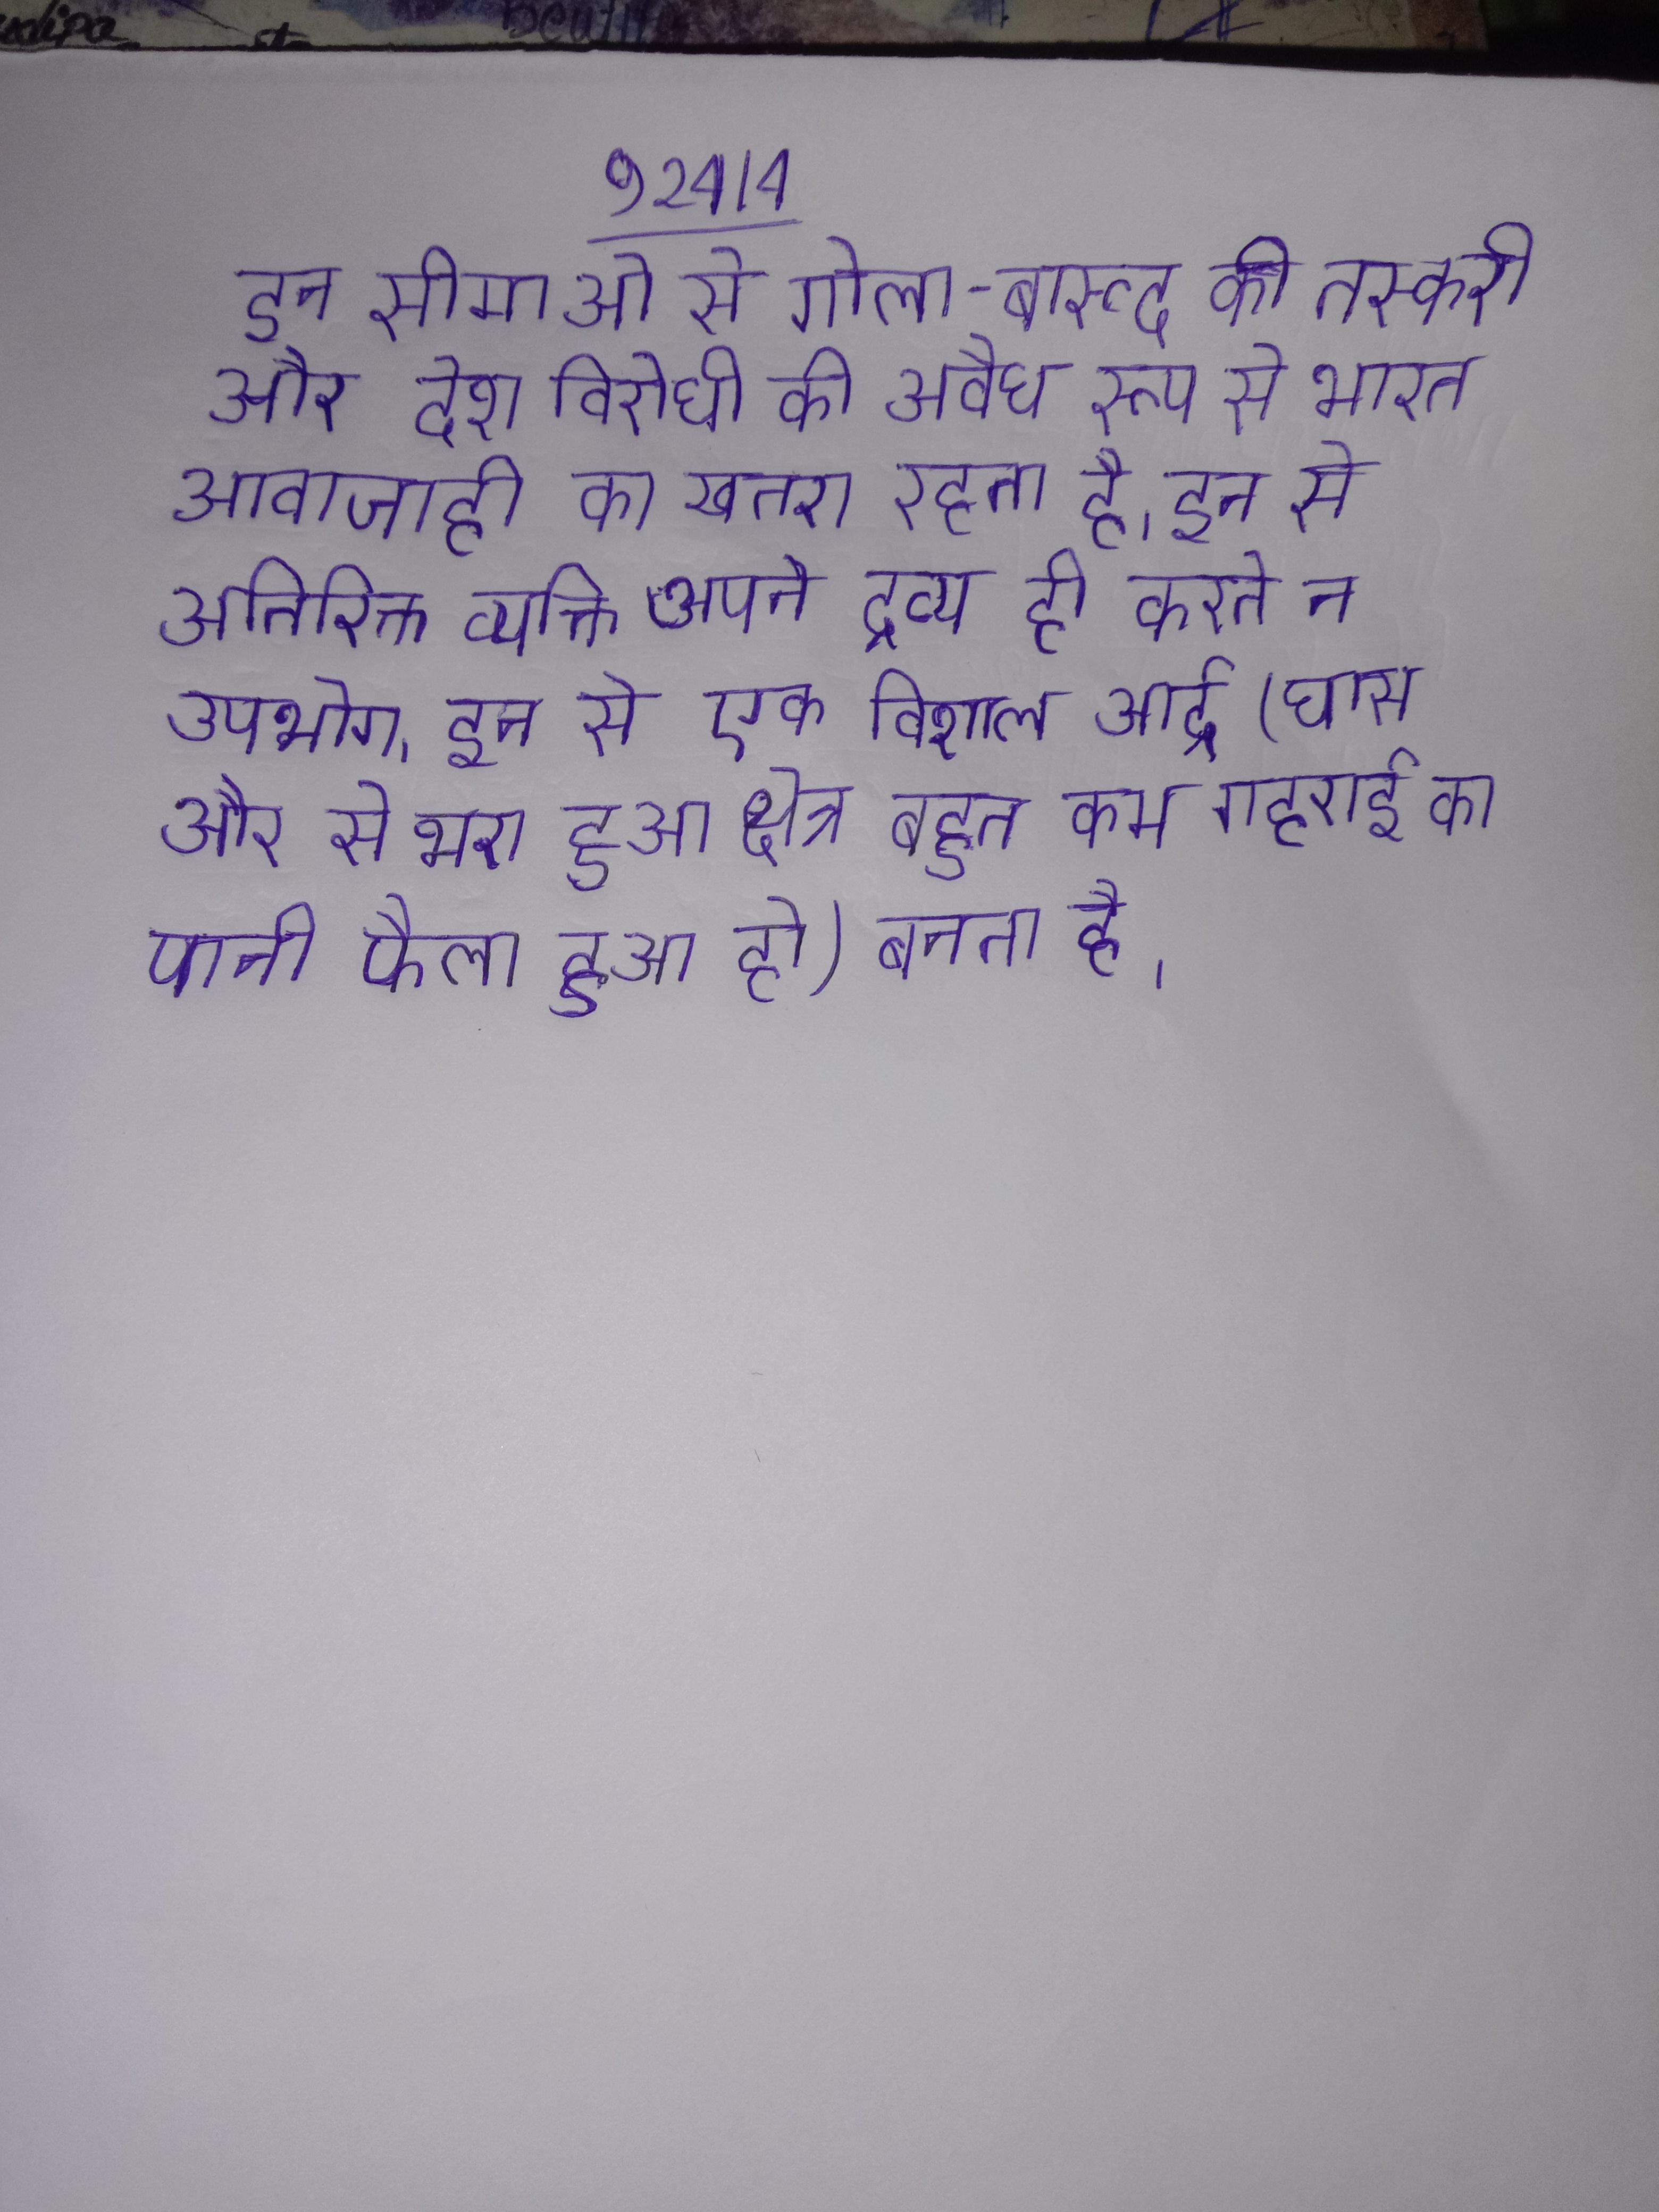
इन सीमाओ से गोला-बारूद की तस्करी और देश विरोधी की अवैध रूप से भारत आवाजाही का खतरा रहता है । इन से अतिरिक्त व्यक्ति अपने द्रव्य का उपयोग न दान ही करते न उपभोग । इन से एक विशाल आर्द्र (घास और से भरा हुआ क्षेत्र बहुत कम गहराई का पानी फैला हुआ हो) बनता है ।